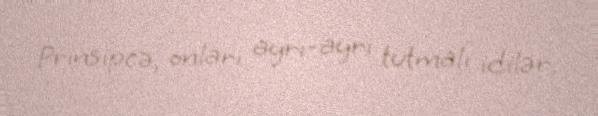
Prinsipcə, onları ayrı-ayrı tutmalı idilər.